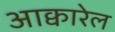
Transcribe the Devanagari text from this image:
आक्वारेल